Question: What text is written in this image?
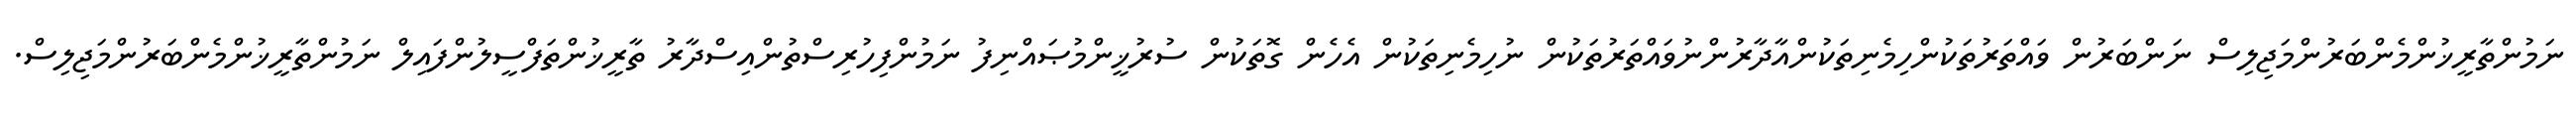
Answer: ނަމުންތާރީޚުންމެންބަރުންމަޖިލިސް ނަންބަރުން ވައްތަރުތަކުންހިމެނިތަކުންއާދާރުންނުވައްތަރުތަކުން ނުހިމެނިތަކުން އެހެން ގޮތަކުން ސުރުޚީންމުޞައްނިފު ނަމުންފިހުރިސްތުންއިސްދާރު ތާރީޚުންތަފްސީލުންފައިލް ނަމުންތާރީޚުންމެންބަރުންމަޖިލިސް.